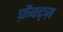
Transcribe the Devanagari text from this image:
फ़ैक्ट्ज़